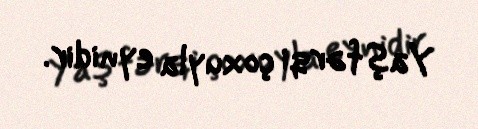
Yaş fərqi çoxuyla eynidir.